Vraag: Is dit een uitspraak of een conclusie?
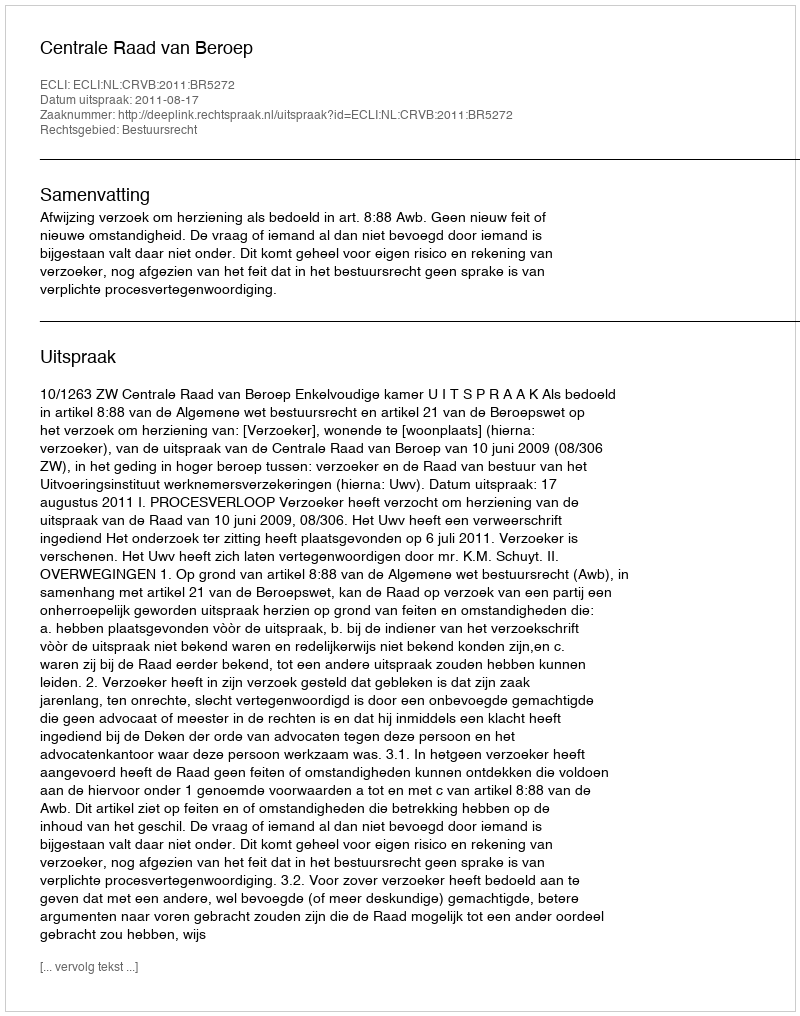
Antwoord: Uitspraak